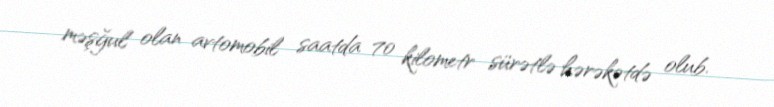
məşğul olan avtomobil saatda 70 kilometr sürətlə hərəkətdə olub.